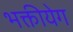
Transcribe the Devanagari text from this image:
भक्तीयेग